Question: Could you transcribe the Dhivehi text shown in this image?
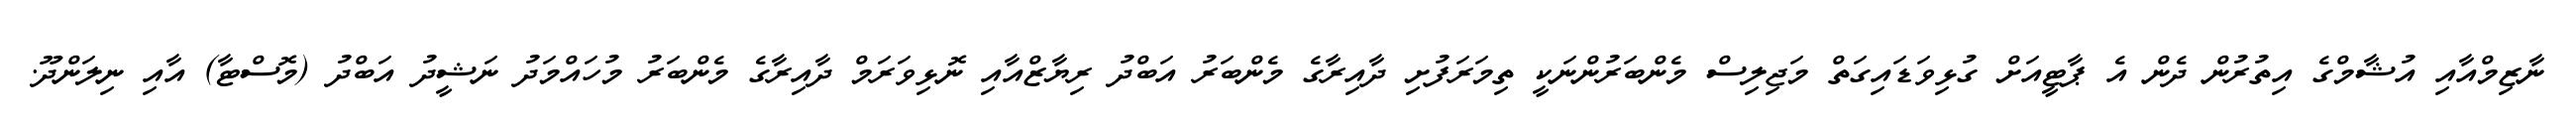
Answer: ނާޒިމްއާއި އުޝާމްގެ އިތުރުން ދެން އެ ޕާޓީއަށް ގުޅިވަޑައިގަތް މަޖިލިސް މެންބަރުންނަކީ ތިމަރަފުށި ދާއިރާގެ މެންބަރު އަބްދު ރިޔާޒްއާއި ނޮޅިވަރަމް ދާއިރާގެ މެންބަރު މުހައްމަދު ނަޝީދު އަބްދު (މޮސްޓާ) އާއި ނިލަންދޫ.